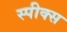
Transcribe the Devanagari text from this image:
स्पीक्स